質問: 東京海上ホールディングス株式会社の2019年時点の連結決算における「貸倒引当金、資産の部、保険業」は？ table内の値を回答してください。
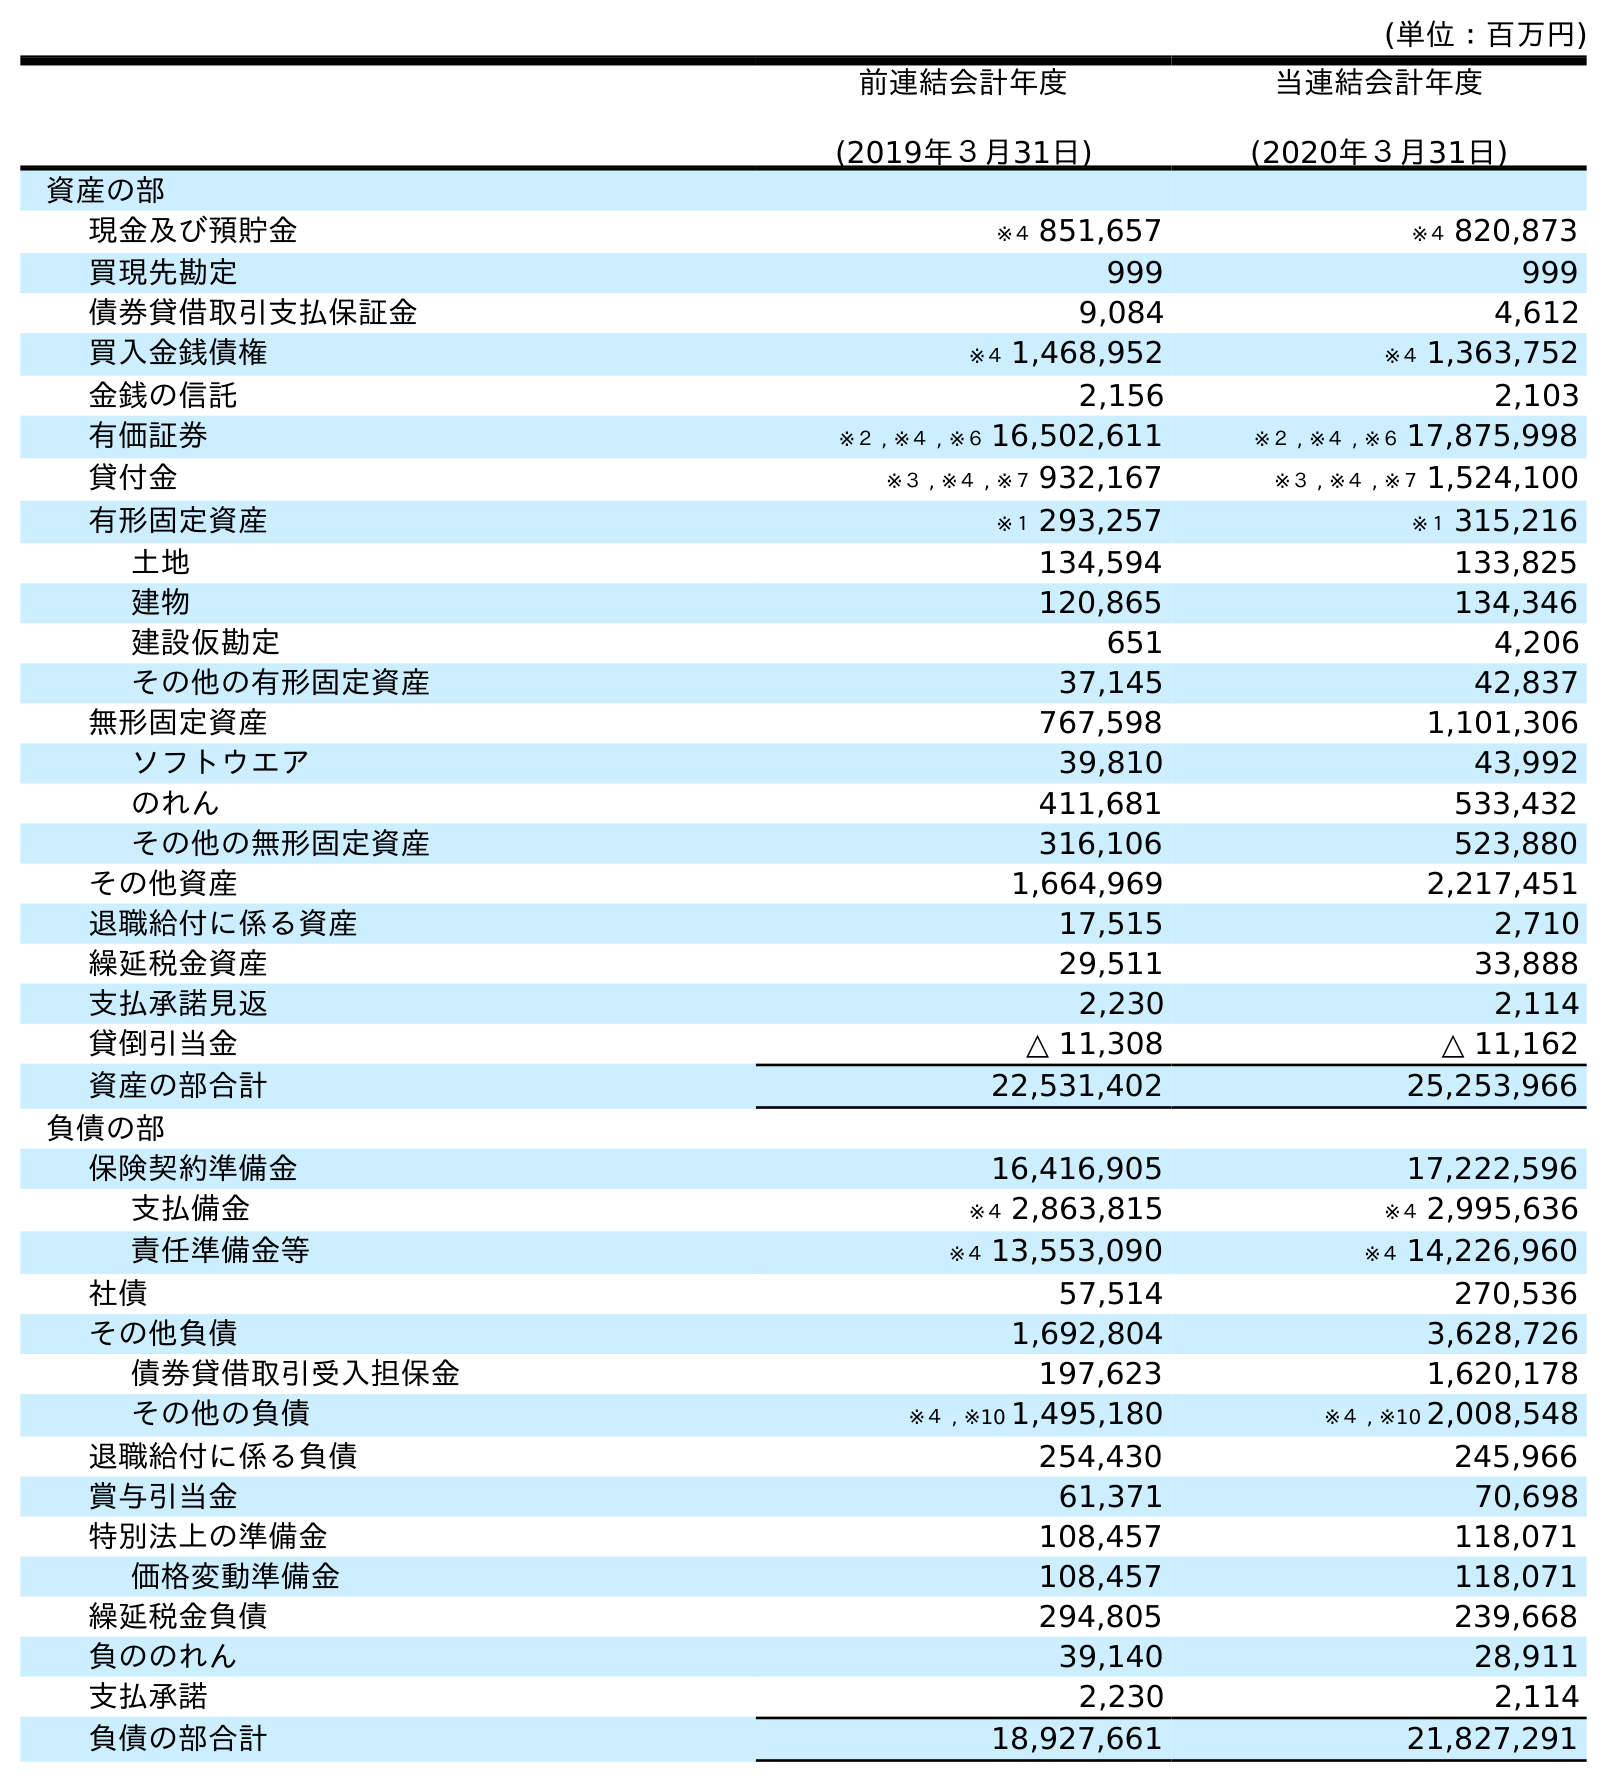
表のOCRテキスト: (単位：百万円) 前連結会計年度 (2019年３月31日) 当連結会計年度 (2020年３月31日) 資産の部 現金及び預貯金 ※４ 851,657 ※４ 820,873 買現先勘定 999 999 債券貸借取引支払保証金 9,084 4,612 買入金銭債権 ※４ 1,468,952 ※４ 1,363,752 金銭の信託 2,156 2,103 有価証券 ※２ , ※４ , ※６ 16,502,611 ※２ , ※４ , ※６ 17,875,998 貸付金 ※３ , ※４ , ※７ 932,167 ※３ , ※４ , ※７ 1,524,100 有形固定資産 ※１ 293,257 ※１ 315,216 土地 134,594 133,825 建物 120,865 134,346 建設仮勘定 651 4,206 その他の有形固定資産 37,145 42,837 無形固定資産 767,598 1,101,306 ソフトウエア 39,810 43,992 のれん 411,681 533,432 その他の無形固定資産 316,106 523,880 その他資産 1,664,969 2,217,451 退職給付に係る資産 17,515 2,710 繰延税金資産 29,511 33,888 支払承諾見返 2,230 2,114 貸倒引当金 △ 11,308 △ 11,162 資産の部合計 22,531,402 25,253,966 負債の部 保険契約準備金 16,416,905 17,222,596 支払備金 ※４ 2,863,815 ※４ 2,995,636 責任準備金等 ※４ 13,553,090 ※４ 14,226,960 社債 57,514 270,536 その他負債 1,692,804 3,628,726 債券貸借取引受入担保金 197,623 1,620,178 その他の負債 ※４ , ※10 1,495,180 ※４ , ※10 2,008,548 退職給付に係る負債 254,430 245,966 賞与引当金 61,371 70,698 特別法上の準備金 108,457 118,071 価格変動準備金 108,457 118,071 繰延税金負債 294,805 239,668 負ののれん 39,140 28,911 支払承諾 2,230 2,114 負債の部合計 18,927,661 21,827,291
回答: △11,308